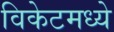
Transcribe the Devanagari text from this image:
विकेटमध्ये